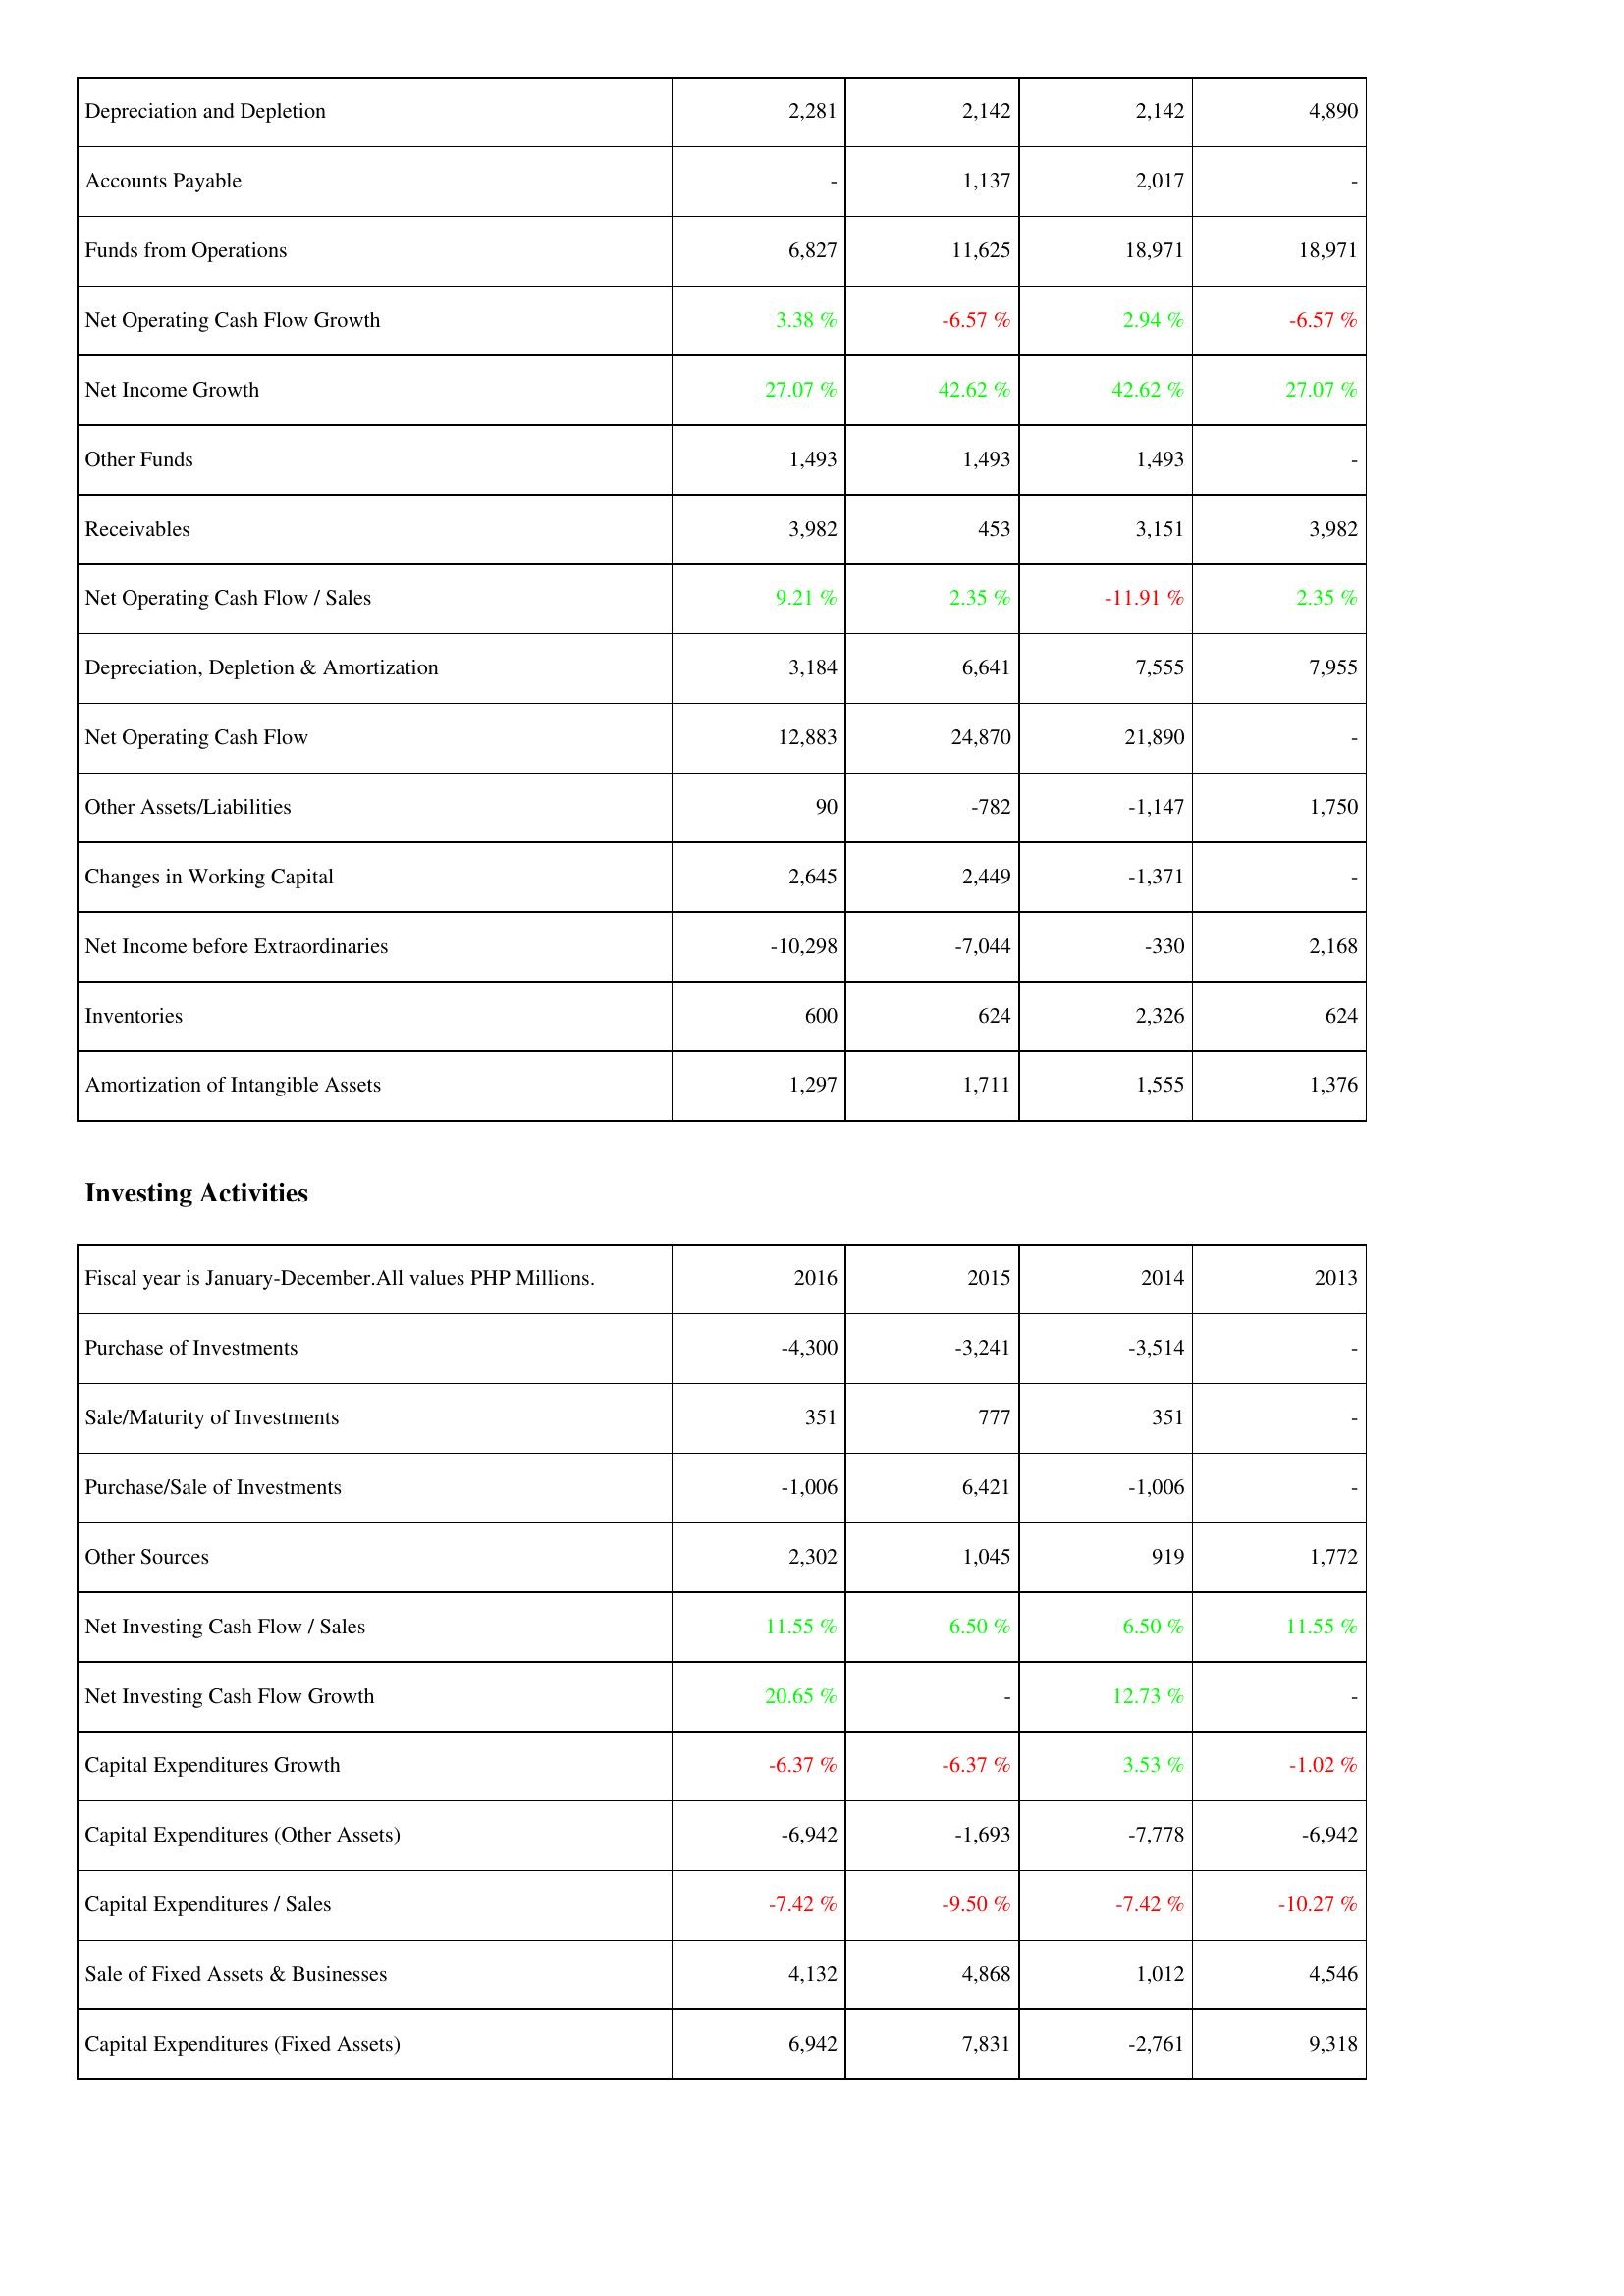
2016: Operating Activities: Depreciation and Depletion: 2,281
Accounts Payable: -
Funds from Operations: 6,827
Net Operating Cash Flow Growth: 3.38 %
Net Income Growth: 27.07 %
Other Funds: 1,493
Receivables: 3,982
Net Operating Cash Flow / Sales: 9.21 %
Depreciation, Depletion & Amortization: 3,184
Net Operating Cash Flow: 12,883
Other Assets/Liabilities: 90
Changes in Working Capital: 2,645
Net Income before Extraordinaries: -10,298
Inventories: 600
Amortization of Intangible Assets: 1,297
Investing Activities: Purchase of Investments: -4,300
Sale/Maturity of Investments: 351
Purchase/Sale of Investments: -1,006
Other Sources: 2,302
Net Investing Cash Flow / Sales: 11.55 %
Net Investing Cash Flow Growth: 20.65 %
Capital Expenditures Growth: -6.37 %
Capital Expenditures (Other Assets): -6,942
Capital Expenditures / Sales: -7.42 %
Sale of Fixed Assets & Businesses: 4,132
Capital Expenditures (Fixed Assets): 6,942
2015: Operating Activities: Depreciation and Depletion: 2,142
Accounts Payable: 1,137
Funds from Operations: 11,625
Net Operating Cash Flow Growth: -6.57 %
Net Income Growth: 42.62 %
Other Funds: 1,493
Receivables: 453
Net Operating Cash Flow / Sales: 2.35 %
Depreciation, Depletion & Amortization: 6,641
Net Operating Cash Flow: 24,870
Other Assets/Liabilities: -782
Changes in Working Capital: 2,449
Net Income before Extraordinaries: -7,044
Inventories: 624
Amortization of Intangible Assets: 1,711
Investing Activities: Purchase of Investments: -3,241
Sale/Maturity of Investments: 777
Purchase/Sale of Investments: 6,421
Other Sources: 1,045
Net Investing Cash Flow / Sales: 6.50 %
Net Investing Cash Flow Growth: -
Capital Expenditures Growth: -6.37 %
Capital Expenditures (Other Assets): -1,693
Capital Expenditures / Sales: -9.50 %
Sale of Fixed Assets & Businesses: 4,868
Capital Expenditures (Fixed Assets): 7,831
2014: Operating Activities: Depreciation and Depletion: 2,142
Accounts Payable: 2,017
Funds from Operations: 18,971
Net Operating Cash Flow Growth: 2.94 %
Net Income Growth: 42.62 %
Other Funds: 1,493
Receivables: 3,151
Net Operating Cash Flow / Sales: -11.91 %
Depreciation, Depletion & Amortization: 7,555
Net Operating Cash Flow: 21,890
Other Assets/Liabilities: -1,147
Changes in Working Capital: -1,371
Net Income before Extraordinaries: -330
Inventories: 2,326
Amortization of Intangible Assets: 1,555
Investing Activities: Purchase of Investments: -3,514
Sale/Maturity of Investments: 351
Purchase/Sale of Investments: -1,006
Other Sources: 919
Net Investing Cash Flow / Sales: 6.50 %
Net Investing Cash Flow Growth: 12.73 %
Capital Expenditures Growth: 3.53 %
Capital Expenditures (Other Assets): -7,778
Capital Expenditures / Sales: -7.42 %
Sale of Fixed Assets & Businesses: 1,012
Capital Expenditures (Fixed Assets): -2,761
2013: Operating Activities: Depreciation and Depletion: 4,890
Accounts Payable: -
Funds from Operations: 18,971
Net Operating Cash Flow Growth: -6.57 %
Net Income Growth: 27.07 %
Other Funds: -
Receivables: 3,982
Net Operating Cash Flow / Sales: 2.35 %
Depreciation, Depletion & Amortization: 7,955
Net Operating Cash Flow: -
Other Assets/Liabilities: 1,750
Changes in Working Capital: -
Net Income before Extraordinaries: 2,168
Inventories: 624
Amortization of Intangible Assets: 1,376
Investing Activities: Purchase of Investments: -
Sale/Maturity of Investments: -
Purchase/Sale of Investments: -
Other Sources: 1,772
Net Investing Cash Flow / Sales: 11.55 %
Net Investing Cash Flow Growth: -
Capital Expenditures Growth: -1.02 %
Capital Expenditures (Other Assets): -6,942
Capital Expenditures / Sales: -10.27 %
Sale of Fixed Assets & Businesses: 4,546
Capital Expenditures (Fixed Assets): 9,318